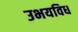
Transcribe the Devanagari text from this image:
उभयविध